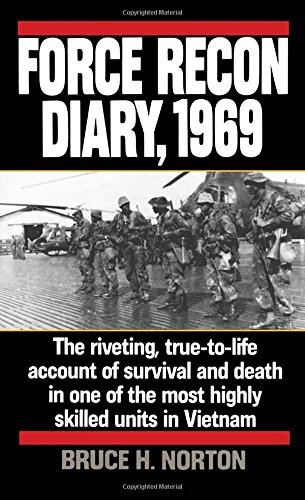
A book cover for Force Recon Diary, 1969: The Riveting, True-to-Life Account of Survival and Death in One of the Most Highly Skilled Units in Vietnam; Major Bruce H. Norton; History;